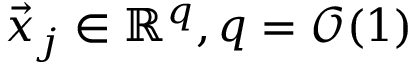
\vec { x } _ { j } \in \mathbb { R } ^ { q } , q = \mathcal { O } ( 1 )